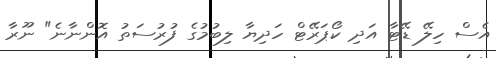
އެސް ހިލޭ ޑޭޓާ އަދި ކޯޕަރޭޓް ހަދިޔާ ލިބުމުގެ ފުރުސަތު އޮންނާނެ" ނޫރާ